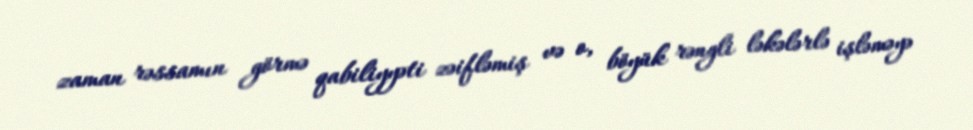
zaman rəssamın görmə qabiliyyəti zəifləmiş və o, böyük rəngli ləkələrlə işləməyə